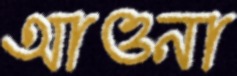
আওনা